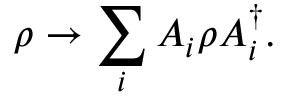
\rho \to \sum _ { i } A _ { i } \rho A _ { i } ^ { \dagger } .